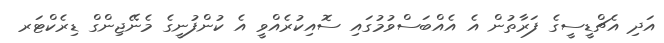
އަދި އެޗްޑީސީގެ ފަރާތުން އެ އެއްބަސްވުމުގައި ސޮއިކުރެއްވީ އެ ކުންފުނީގެ މެނޭޖިންގް ޑިރެކްޓަރ